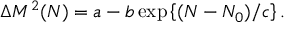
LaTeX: \Delta M ^ { 2 } ( N ) = a - b \exp \left\{ ( N - N _ { 0 } ) / c \right\} .